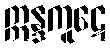
ဣန္ဒကူဋေ